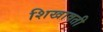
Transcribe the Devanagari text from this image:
शिखावती